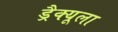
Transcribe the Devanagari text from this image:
ड्रैक्यूला